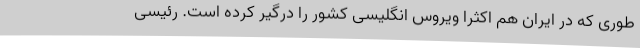
طوری که در ایران هم اکثرا ویروس انگلیسی کشور را درگیر کرده است. رئیسی